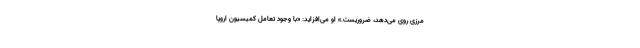
مرزی روی می‌دهد، ضروریست.» او می‌افزاید: «با وجود تعامل کمیسیون اروپا